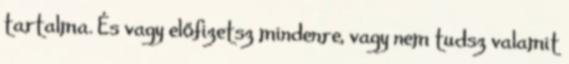
tartalma. És vagy előfizetsz mindenre, vagy nem tudsz valamit